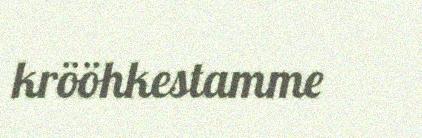
krööhkestamme